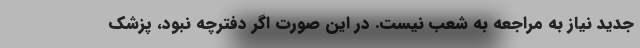
جدید نیاز به مراجعه به شعب نیست. در این صورت اگر دفترچه نبود، پزشک